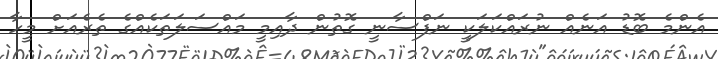
އެންމެ ބޮޑު އަނެއް ނުރައްކަލަކީ ނަފްސާނީ ގޮތުން ދާއިމީ މައްސަލަތަކެއްގެ ތެރެއަށް މީހާ